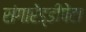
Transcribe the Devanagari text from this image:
संगारेड्डीपेटा